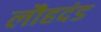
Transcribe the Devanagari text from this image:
लौहदंड